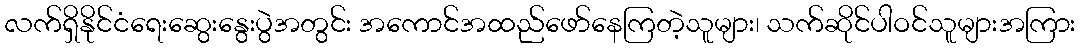
လက်ရှိနိုင်ငံရေးဆွေးနွေးပွဲအတွင်း အကောင်အထည်ဖော်နေကြတဲ့သူများ၊ သက်ဆိုင်ပါဝင်သူများအကြား